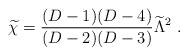
\begin{align*} {\widetilde \chi}={{(D-1)(D-4)}\over{(D-2)(D-3)}}{\widetilde\Lambda}^2~.\end{align*}